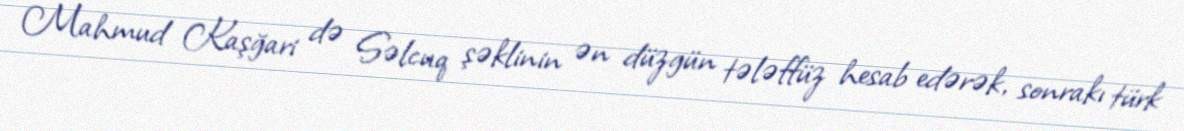
Mahmud Kaşğari də Səlcuq şəklinin ən düzgün tələffüz hesab edərək, sonrakı türk